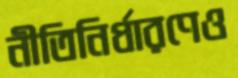
নীতিনির্ধারণেও